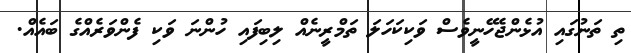
ތި ތަނުގައި އުޅެންޖެހޭނީވެސް ވަކިކަހަލަ ތަމްރީނެއް ލިބިފައި ހުންނަ ވަކި ފެންވަރެއްގެ ބައެއް.